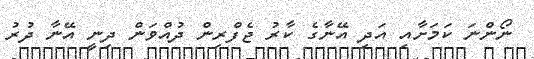
ނޯންނަ ކަމަށާއި އަދި އޭނާގެ ކާރު ޖެފްރިން ދުއްވަން ދިނީ އޭނާ ދުރު